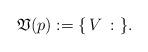
LaTeX: \begin{align*}\mathfrak{V}(p) := \{\,V\,:\, \,\}.\end{align*}